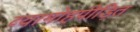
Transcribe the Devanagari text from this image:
व्यामोहपीड़ित